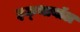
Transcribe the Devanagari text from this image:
इक्थायॉल